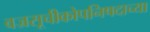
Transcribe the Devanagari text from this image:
वज्रसूचीकोपनिषदाच्या